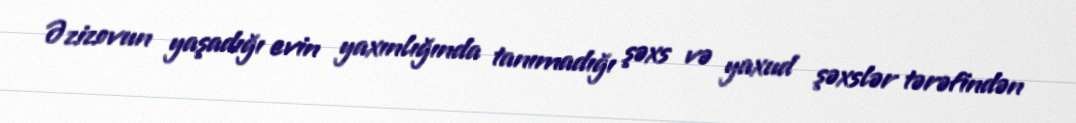
Əzizovun yaşadığı evin yaxınlığında tanımadığı şəxs və yaxud şəxslər tərəfindən